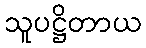
သူပဋ္ဌိတာယ